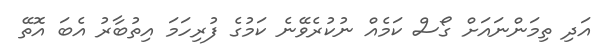
އަދި ތިމަންނައަށް ގޯސް ކަމެއް ނުކުރެވޭނެ ކަމުގެ ފުރިހަމަ އިތުބާރު އެބަ އޮތޭ